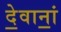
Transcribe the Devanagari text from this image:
दे॒वानां॒